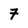
Character: 7